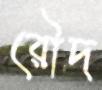
রৌদ